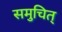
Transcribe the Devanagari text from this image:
समुचित्